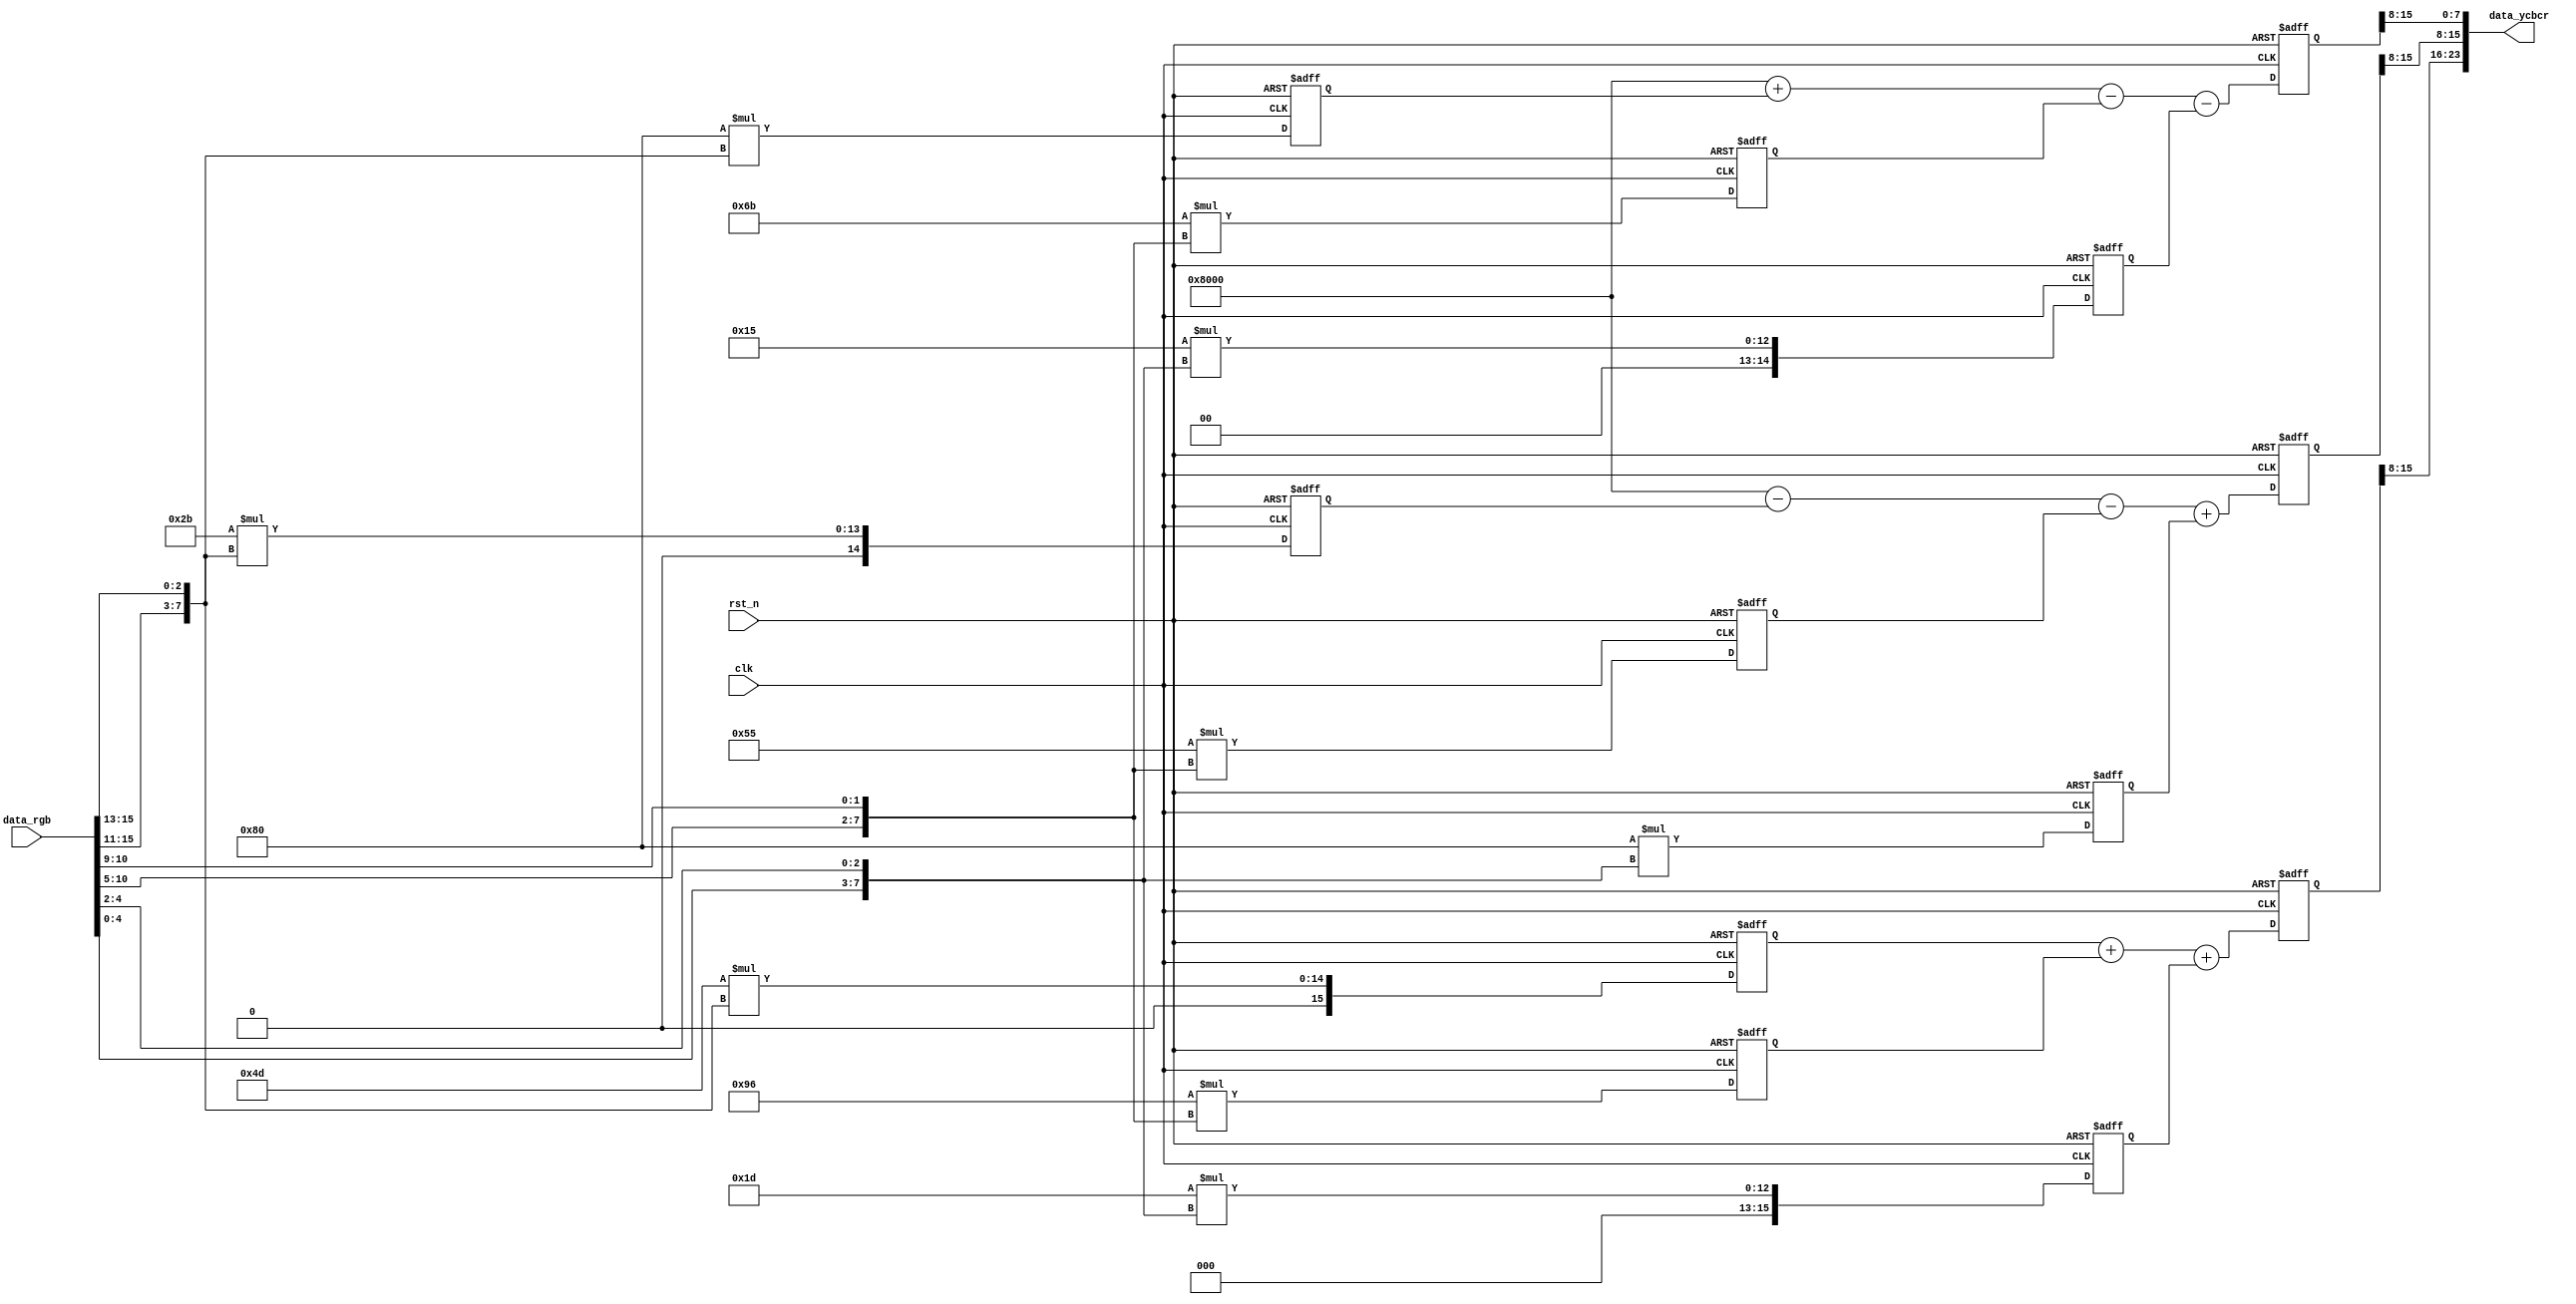

module rgb2ycbcr( 
    input clk,
    input rst_n,
    input [15:0] data_rgb,

    output [23:0] data_ycbcr
);



/******************************************************/

wire [7:0] data_r;
wire [7:0] data_g;
wire [7:0] data_b;

//
reg [15:0] data_y_t1 , data_y_t2 , data_y_t3 ;
reg [14:0] data_cb_t1, data_cb_t2, data_cb_t3;
reg [14:0] data_cr_t1, data_cr_t2, data_cr_t3;
reg [15:0] data_y ;
reg [15:0] data_cb;
reg [15:0] data_cr;

//rgb565rgb888
assign data_r = {data_rgb[15:11], data_rgb[15:13]};
assign data_g = {data_rgb[10:5], data_rgb[10:9]};
assign data_b = {data_rgb[4:0], data_rgb[4:2]};

/************************************************
Y  = (77R  + 150G + 29B )>>8

Cr = (-43R - 85G  + 128B + 32768)>>8

Cb = (128R - 107G - 21B  + 32768)>>8
************************************************/
//
always@(posedge clk or negedge rst_n) begin
    if(!rst_n) begin
        data_y_t1  <= 0;
        data_y_t2  <= 0;
        data_y_t3  <= 0;
        data_cb_t1 <= 0;
        data_cb_t2 <= 0;
        data_cb_t3 <= 0;
        data_cr_t1 <= 0;
        data_cr_t2 <= 0;
        data_cr_t3 <= 0;
    end
    else begin
        data_y_t1  <= 77  * data_r;
        data_y_t2  <= 150 * data_g;
        data_y_t3  <= 29  * data_b;
        data_cb_t1 <= 43  * data_r;
        data_cb_t2 <= 85  * data_g;
        data_cb_t3 <= 128 * data_b;
        data_cr_t1 <= 128 * data_r;
        data_cr_t2 <= 107 * data_g;
        data_cr_t3 <= 21  * data_b;
    end
end

//
always@(posedge clk or negedge rst_n) begin
    if(!rst_n) begin
        data_y  <= 0;
        data_cb <= 0;
        data_cr <= 0;
    end
    else begin
        data_y  <= data_y_t1 + data_y_t2 + data_y_t3;
        data_cb <= 16'd32768 - data_cb_t1 - data_cb_t2 + data_cb_t3;
        data_cr <= 16'd32768 + data_cr_t1 - data_cr_t2 - data_cr_t3;
    end
end

assign data_ycbcr = {data_y[15:8], data_cb[15:8], data_cr[15:8]};


endmodule